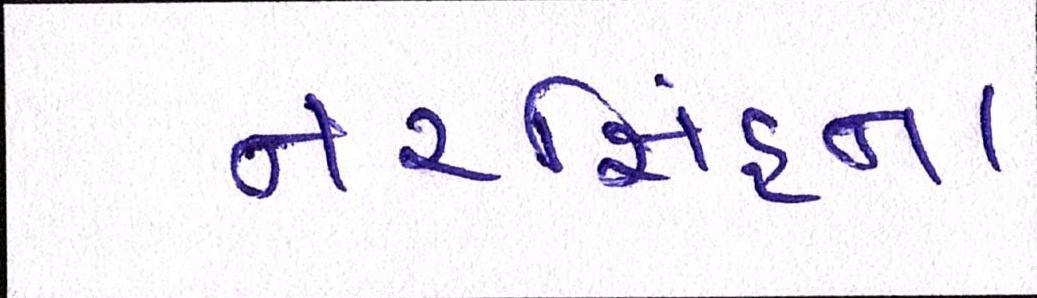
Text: નરસિંહના